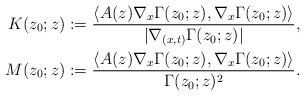
LaTeX: \begin{align*} K (z_0; z) & := \frac{\langle A(z) \nabla_x \Gamma(z_0; z), \nabla_x \Gamma(z_0; z) \rangle }{|\nabla_{(x,t)}\Gamma(z_0;z)|},\\M(z_0; z) & := \frac{\langle A(z) \nabla_x \Gamma(z_0; z), \nabla_x \Gamma(z_0; z) \rangle }{\Gamma(z_0; z)^2}.\end{align*}